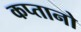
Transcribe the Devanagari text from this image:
कप्तानो